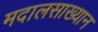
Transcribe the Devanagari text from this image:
मदालसाख्यान